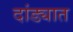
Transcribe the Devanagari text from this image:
दांड्यात